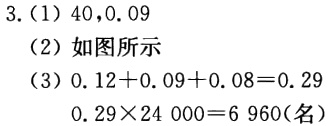
3.（1）$40,0.09$
（2）如图所示
（3）$0.12 + 0.09+0.08 = 0.29$
$0.29\times24000 = 6960(名)$